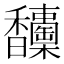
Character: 𩡦